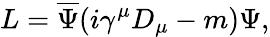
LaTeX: L=\overline{{{\Psi}}}(i\gamma^{\mu}D_{\mu}-m)\Psi,